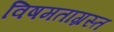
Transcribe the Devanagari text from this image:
विषमताग्रस्त